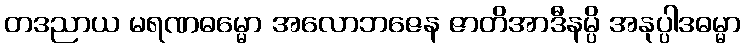
တဒညာယ မရဏဓမ္မော အလောဘဇေန ဇာတိအာဒီနမ္ပိ အနုပ္ပါဒဓမ္မာ